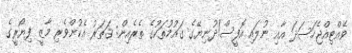
ވެއްޓިއްޖެހަސަދަ އާއި ނުލައި އޮފީސް!ދުނިޔޭގެ ގައުމުތަކުގެ ތެރެއިން: ޤަޠަރު އެކުށްވެރި މާޒީ ފިޔޯރީގެ